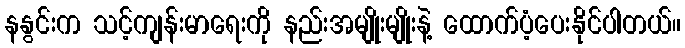
နနွင်းက သင့်ကျန်းမာရေးကို နည်းအမျိုးမျိုးနဲ့ ထောက်ပံ့ပေးနိုင်ပါတယ်။